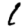
Digit: 1